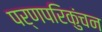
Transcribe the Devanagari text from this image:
पर्णपरिकुंचन